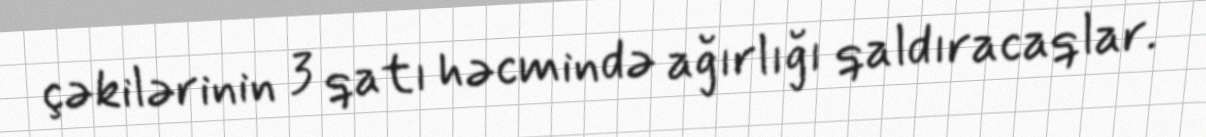
çəkilərinin 3 qatı həcmində ağırlığı qaldıracaqlar.